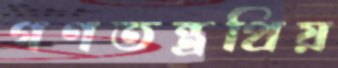
গণতন্ত্রপ্রিয়